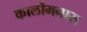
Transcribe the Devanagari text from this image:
कार्लोमनास